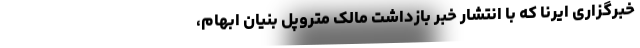
خبرگزاری ایرنا که با انتشار خبر بازداشت مالک متروپل بنیان ابهام،